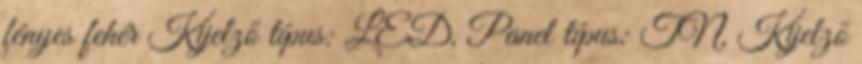
fényes fehér Kijelző típus: LED, Panel típus: TN, Kijelző